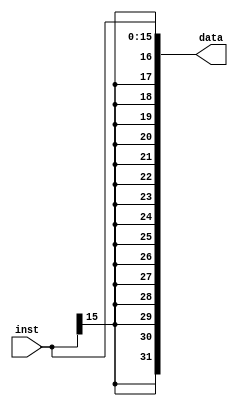
`timescale 1ns / 1ps
//////////////////////////////////////////////////////////////////////////////////
// Company: 
// Engineer: 
// 
// Design Name: 
// Module Name: signext
// Project Name: 
// Target Devices: 
// Tool Versions: 
// Description: 
// 
// Dependencies: 
// 
// Revision:
// Revision 0.01 - File Created
// Additional Comments:
// 
//////////////////////////////////////////////////////////////////////////////////

module signext(
    input [15 : 0] inst,
    output [31 : 0] data
    );
    assign data = { {16 {inst[15]}}, inst[15 : 0] };
endmodule